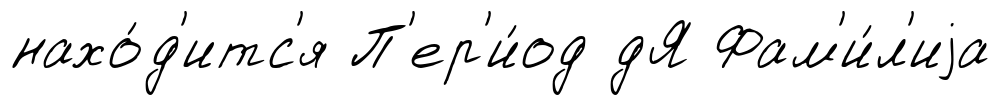
нахо́д'итс'я П'ер'и́од дЯ Фам'и́л'иjа